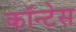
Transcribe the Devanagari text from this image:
कॉन्टेस